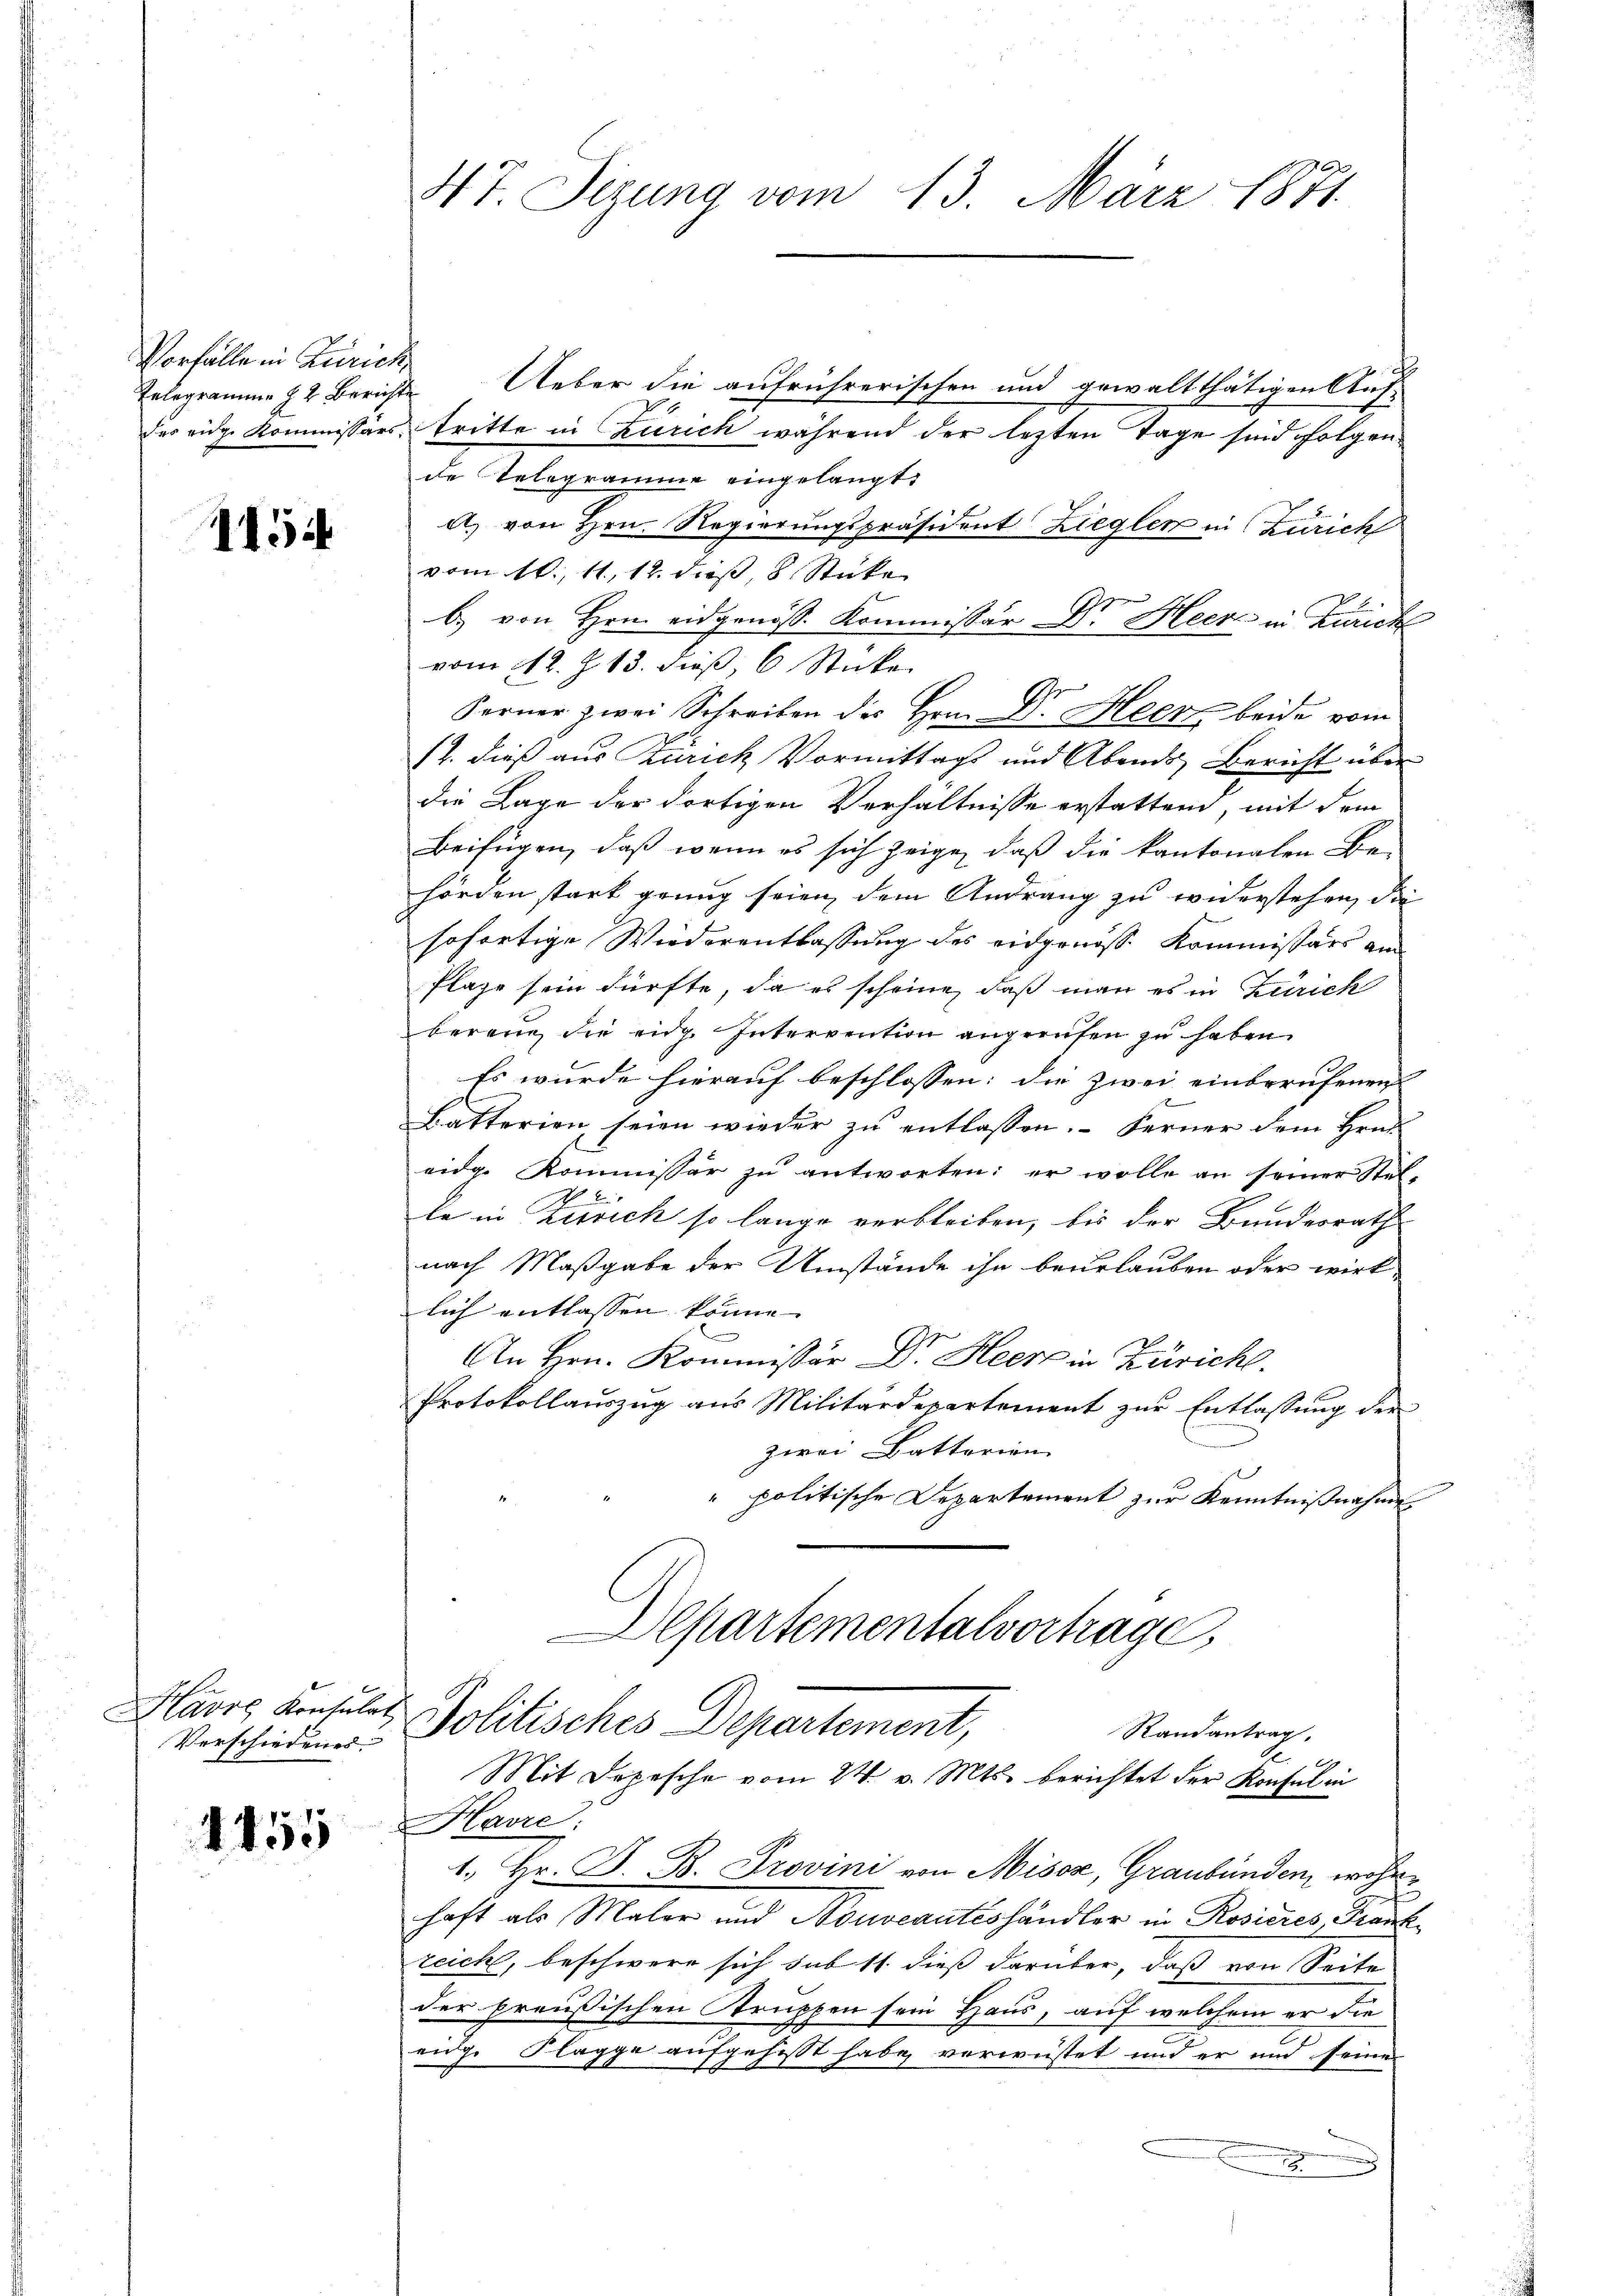
Vorfälle in Zürich

1454

avre Konsulat
Verschiedenes

4455

NT. Sizung vom 13. März 1871.

Erlegramme zu Berichte Ueber die aufrührerischen und gewaltthätigen Aufdes eidge Kommissärs tritte in Zürich während der lezten Tage sind folgen
de Telegramme eingelangt:
a) von Hrn. Regierungspräsident Ziegler in Zürich
vom 10. 11, 12. dieß, 8 Stücke
b) von Hrn. eidgenöss. Kommissär Dr. Heer in Zürich
vom 12. J. 13. dieβ, 6 Sticke
Ferner zwei Schreiben des Hrn. Dr. Heer beide vom
12. dieß aus Zürich Vormittags und Abends, Bericht über
die Lage der dortigen Verhältnisse erstattend, mit dem
Beifügen, daß wenn es sich zeige, daß die kantonalen Be-
hörden stark grung seien dem Andrang zu widerstehen, die
sofortige Wiederentlassung des eidgenosse Kommissärs am
Plaze sein dürfte, da es scheine, daß man es in Zürich
berang die eidg. Intervention angerufen zu haben.
Es wurde hierauf beschlossen: die zwei einberufenen
Batterien seien wieder zu entlassen. – Ferner dem Hrn.
eidg. Kommissär zu antworten: er wolle an seiner Stelle in Zürich so lange verbleiben, bis der Bundesrath
nach Maßgabe der Umstände ihn beurlauben oder wirk-
lich entlassen könne.
An Hrn. Kommissär Dr. Heer in Zürich.
Protokollauszug aus Militärdepartement zur Entlassung der
zwei Battarian
politische Departement zur Kenntnißnahme
Departementalvertrage,
Politisches Departement,
Randantrag
Mit Depesche vom 24. v. Mts. berichtet der Konsul in
Havre:
1., Hr. F. B. Provini von Misoz, Graubünden, wohne
haft als Maler und Nouveautéshändler in Rosieres Frankzeicht, beschwere sich sub 11. dieß darüber, daß von Seite
der preußischen Gruppen sein Haus, auf welchem er die
eidg. Klagge aufgehasst habe verwüstet und er und seine
1

u